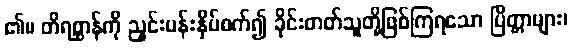
၏။ တိရစ္ဆာန်ကို ညှင်းပန်းနှိပ်စက်၍ ခိုင်းတတ်သူတို့ဖြစ်ကြရသော ပြိတ္တာများ၊